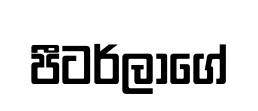
පීටර්ලාගේ